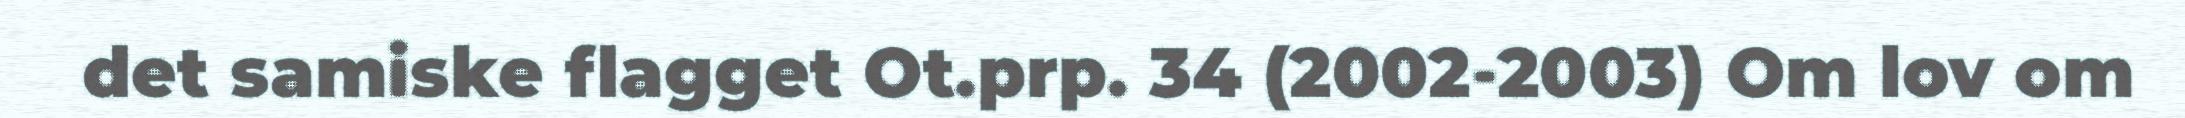
det samiske flagget Ot.prp. 34 (2002-2003) Om lov om